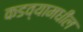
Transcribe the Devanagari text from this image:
कडव्यामधील